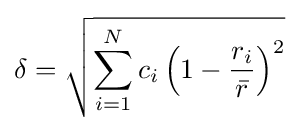
\delta ={\sqrt {\sum _{i=1}^{N}c_{i}\left(1-{\frac {r_{i}}{\bar {r}}}\right)^{2}}}